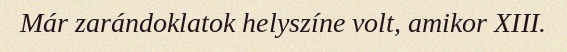
Már zarándoklatok helyszíne volt, amikor XIII.